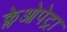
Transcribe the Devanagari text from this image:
क्लेओपेट्रा